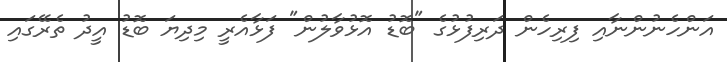
އަންހެނުންނާއި ފިރިހެން ދަރިފުޅުގެ "ބޮޑު އޮޅުވާލުން" ފަޅާއެރީ މިދިޔަ ބޮޑު އީދު ތެރޭގައި